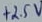
Text: +2.5V